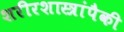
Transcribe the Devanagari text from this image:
शरीरशास्त्रांपैकी